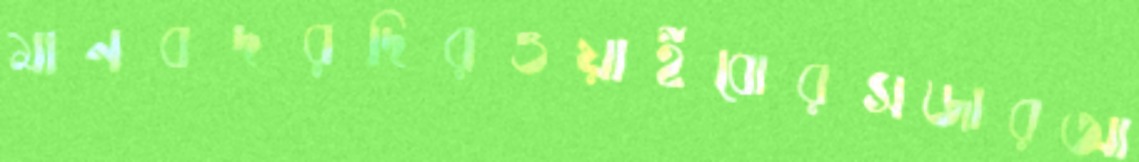
মানবদরদিরওয়াইবোরসজারআ